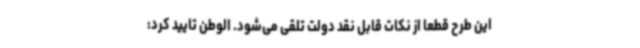
این طرح قطعاً از نکات قابل نقد دولت تلقی می‌شود. الوطن تایید کرد: